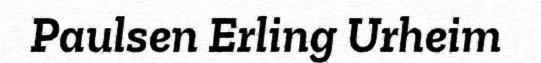
Paulsen Erling Urheim